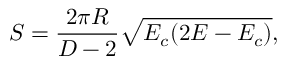
S = { \frac { 2 \pi R } { D - 2 } } \sqrt { E _ { c } ( 2 E - E _ { c } ) } ,